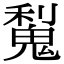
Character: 𫙋